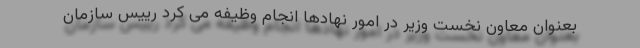
بعنوان معاون نخست وزیر در امور نهادها انجام وظیفه می کرد رییس سازمان